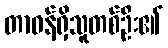
တာဝန်ရှိသူတစ်ဦး၏